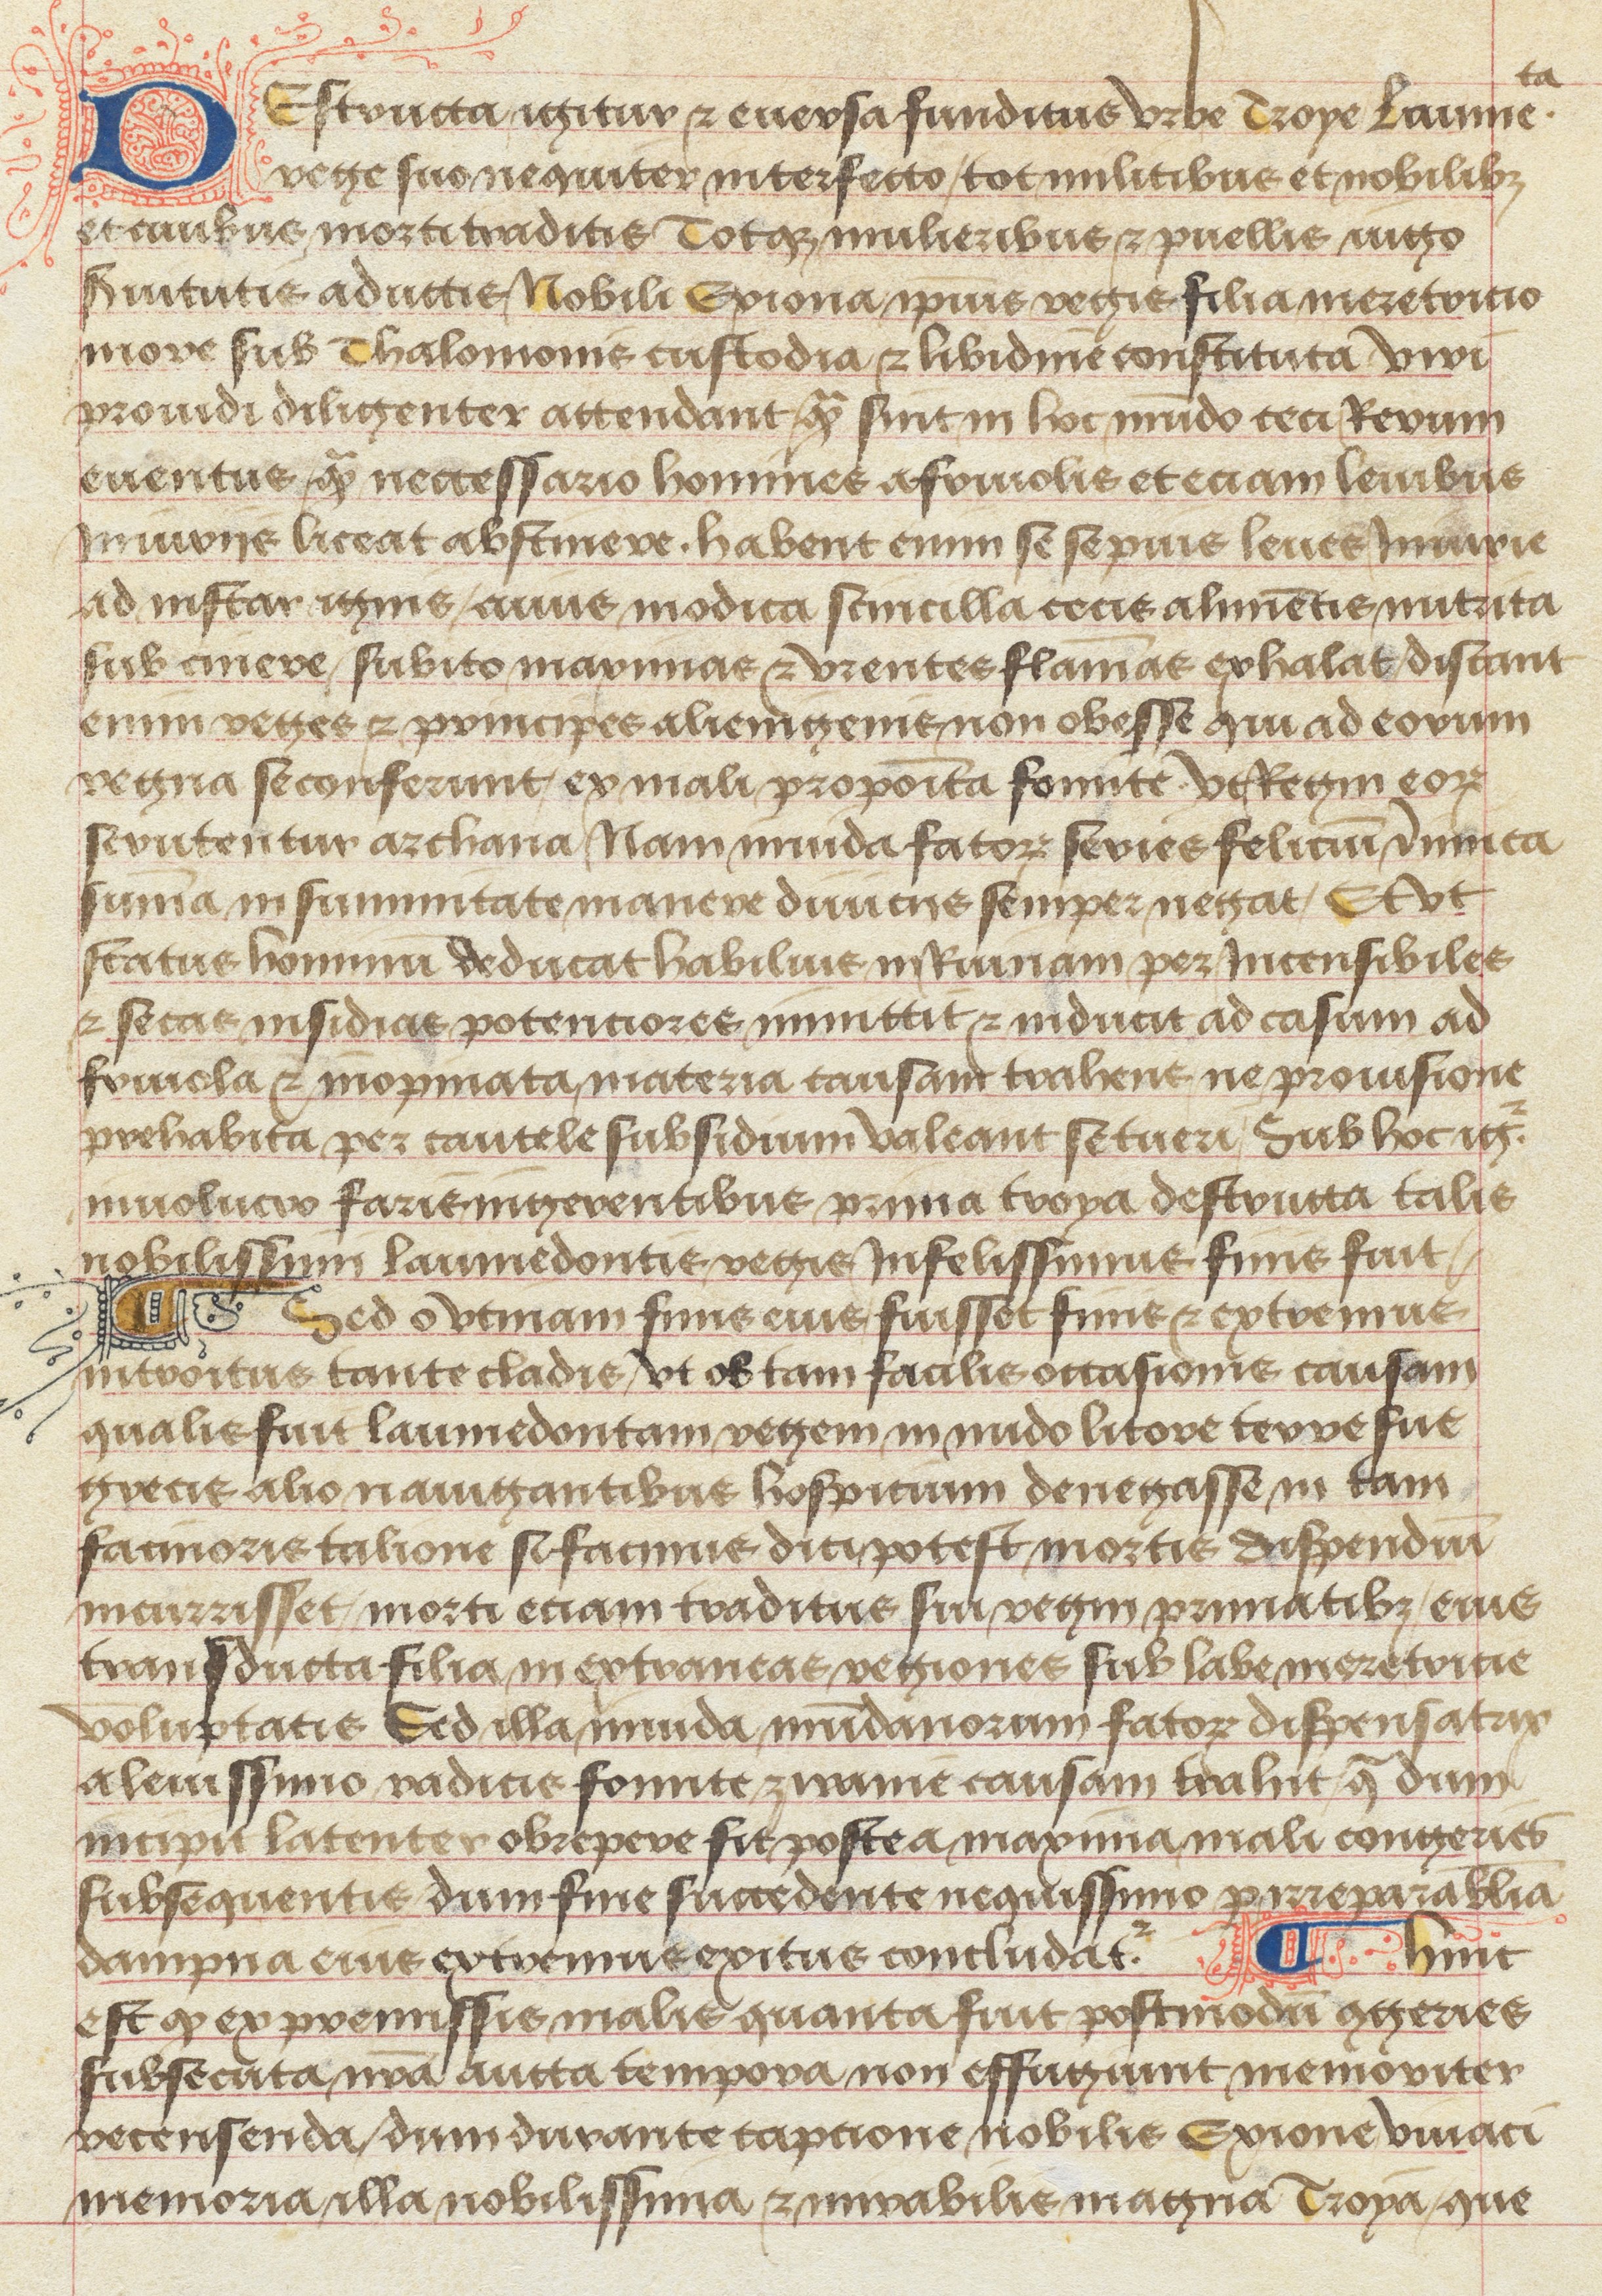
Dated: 1475–1499